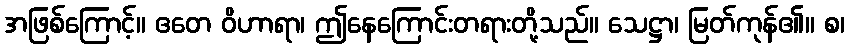
အဖြစ်ကြောင့်။ ဧတေ ဝိဟာရာ၊ ဤနေကြောင်းတရားတို့သည်။ သေဋ္ဌာ၊ မြတ်ကုန်၏။ စ၊